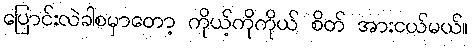
ပြောင်းလဲခါစမှာတော့ ကိုယ့်ကိုကိုယ် စိတ် အားငယ်မယ်။